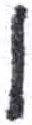
אות: ו